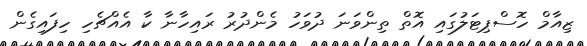
ޒިއާމް ހޮސްޕިޓަލުގައި އޮތް ތިންވަނަ ދުވަހު މެންދުރު ރައިހާނާ ކާ އެއްޗެހި ހިފައިގެން